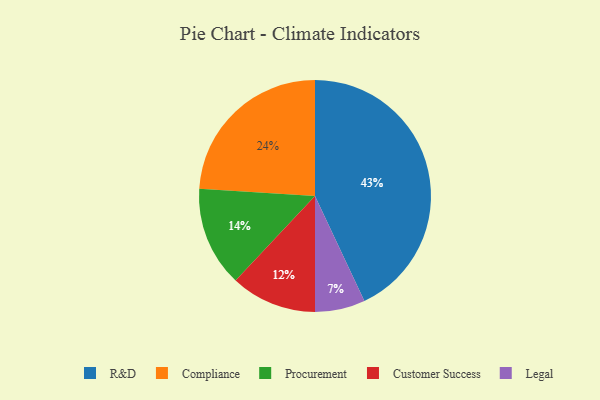
{"axis": {"x": "Category", "y": "Percentage"}, "legend": ["Compliance", "Customer Success", "Legal", "Procurement", "R&D"], "data": [{"x": "Legal", "y": 7, "type": "Legal"}, {"x": "Compliance", "y": 24, "type": "Compliance"}, {"x": "Customer Success", "y": 12, "type": "Customer Success"}, {"x": "Procurement", "y": 14, "type": "Procurement"}, {"x": "R&D", "y": 43, "type": "R&D"}]}